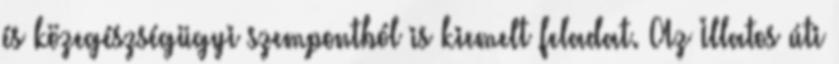
és közegészségügyi szempontból is kiemelt feladat. Az Illatos úti